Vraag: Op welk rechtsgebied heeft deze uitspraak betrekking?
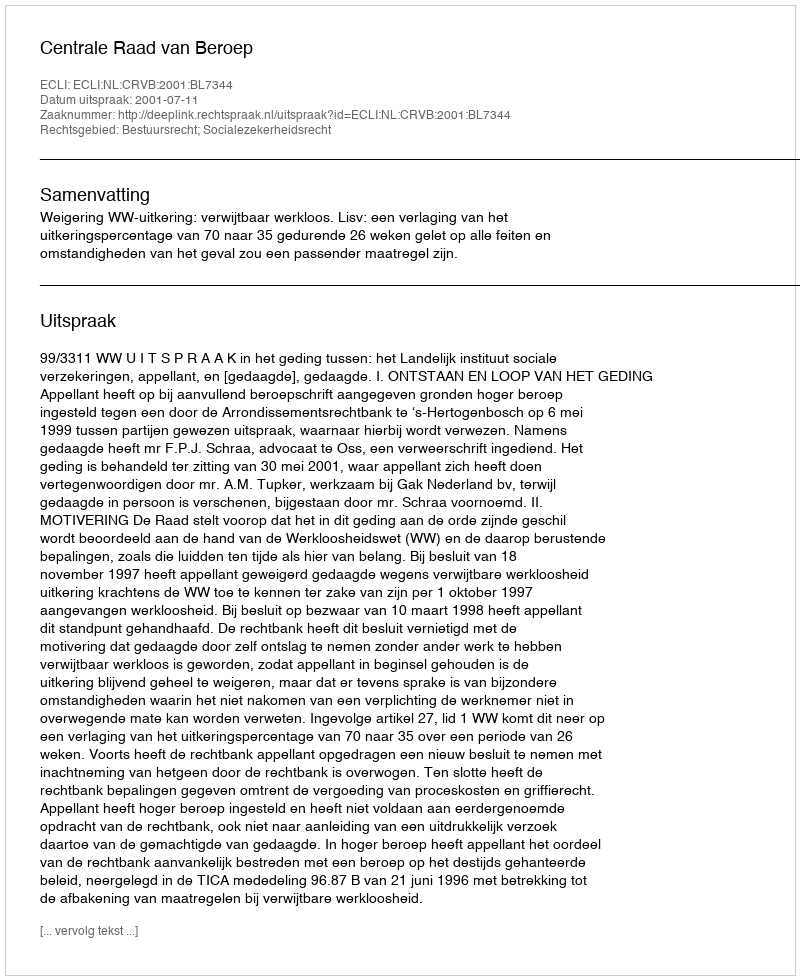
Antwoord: Bestuursrecht; Socialezekerheidsrecht